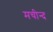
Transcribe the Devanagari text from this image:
मचीन्‍द